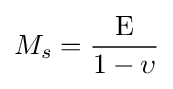
M_{s}={\frac {\mathrm {E} }{1-\upsilon }}